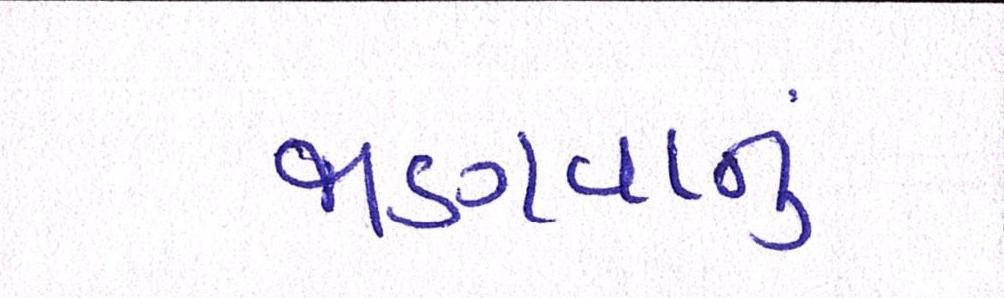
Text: જાણવાનું